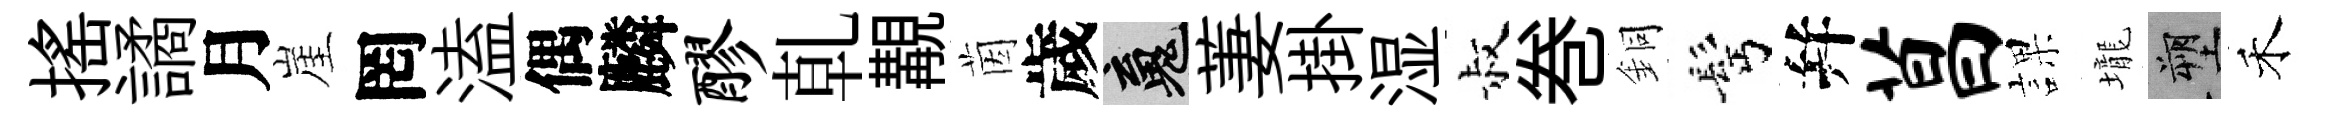
揺譎月崖罔溘偶麟醪乹覯茵歲魂萋掛湿叔巻銅髩幷菖課壠塑禾